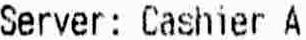
SERVER: CASHIER A